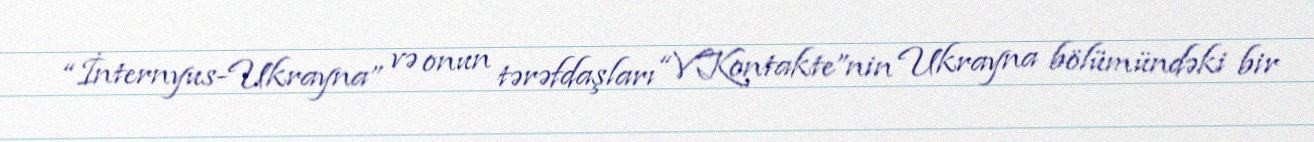
“İnternyus-Ukrayna” və onun tərəfdaşları “VKontakte”nin Ukrayna bölümündəki bir